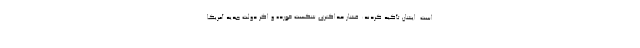
است. ایشان تأکید کردند: فشار حداکثری شکست خورده و اگر دولت جدید آمریکا